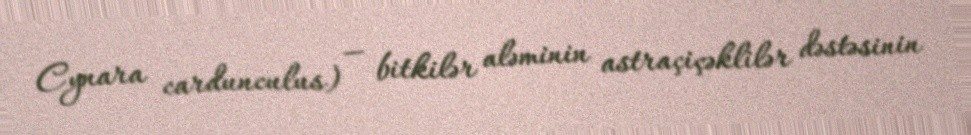
Cynara cardunculus) — bitkilər aləminin astraçiçəklilər dəstəsinin